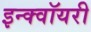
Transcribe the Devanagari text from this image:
इन्क्वॉयरी